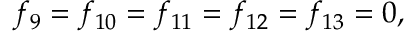
f _ { 9 } = f _ { 1 0 } = f _ { 1 1 } = f _ { 1 2 } = f _ { 1 3 } = 0 ,